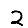
Digit: 2